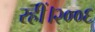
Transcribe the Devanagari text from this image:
रहीं।२००६